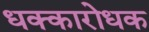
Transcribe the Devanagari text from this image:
धक्कारोधक